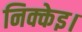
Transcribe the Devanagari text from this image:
निक्केइ।